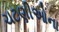
ચટણીઓના